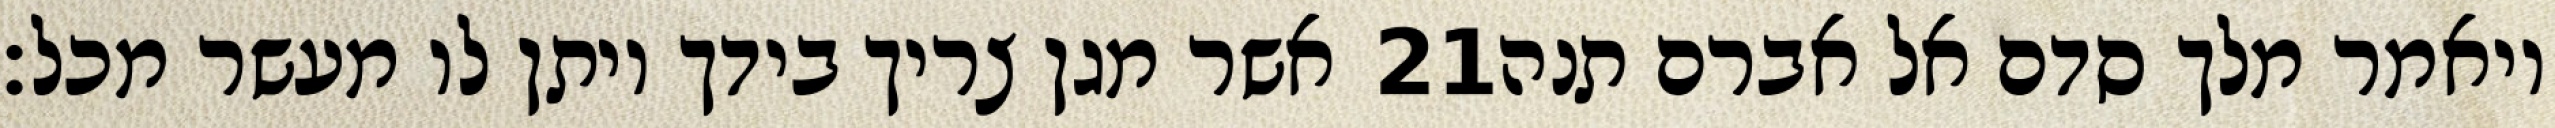
אשר מגן צריך בידך ויתן לו מעשר מכל׃ ‎21‏ ויאמר מלך סדם אל אברם תנה